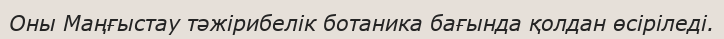
Оны Маңғыстау тәжірибелік ботаника бағында қолдан өсіріледі.